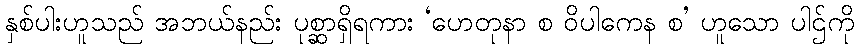
နှစ်ပါးဟူသည် အဘယ်နည်း ပုစ္ဆာရှိရကား ‘ဟေတုနာ စ ဝိပါကေန စ’ ဟူသော ပါဌ်ကို